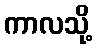
ကာလသို့